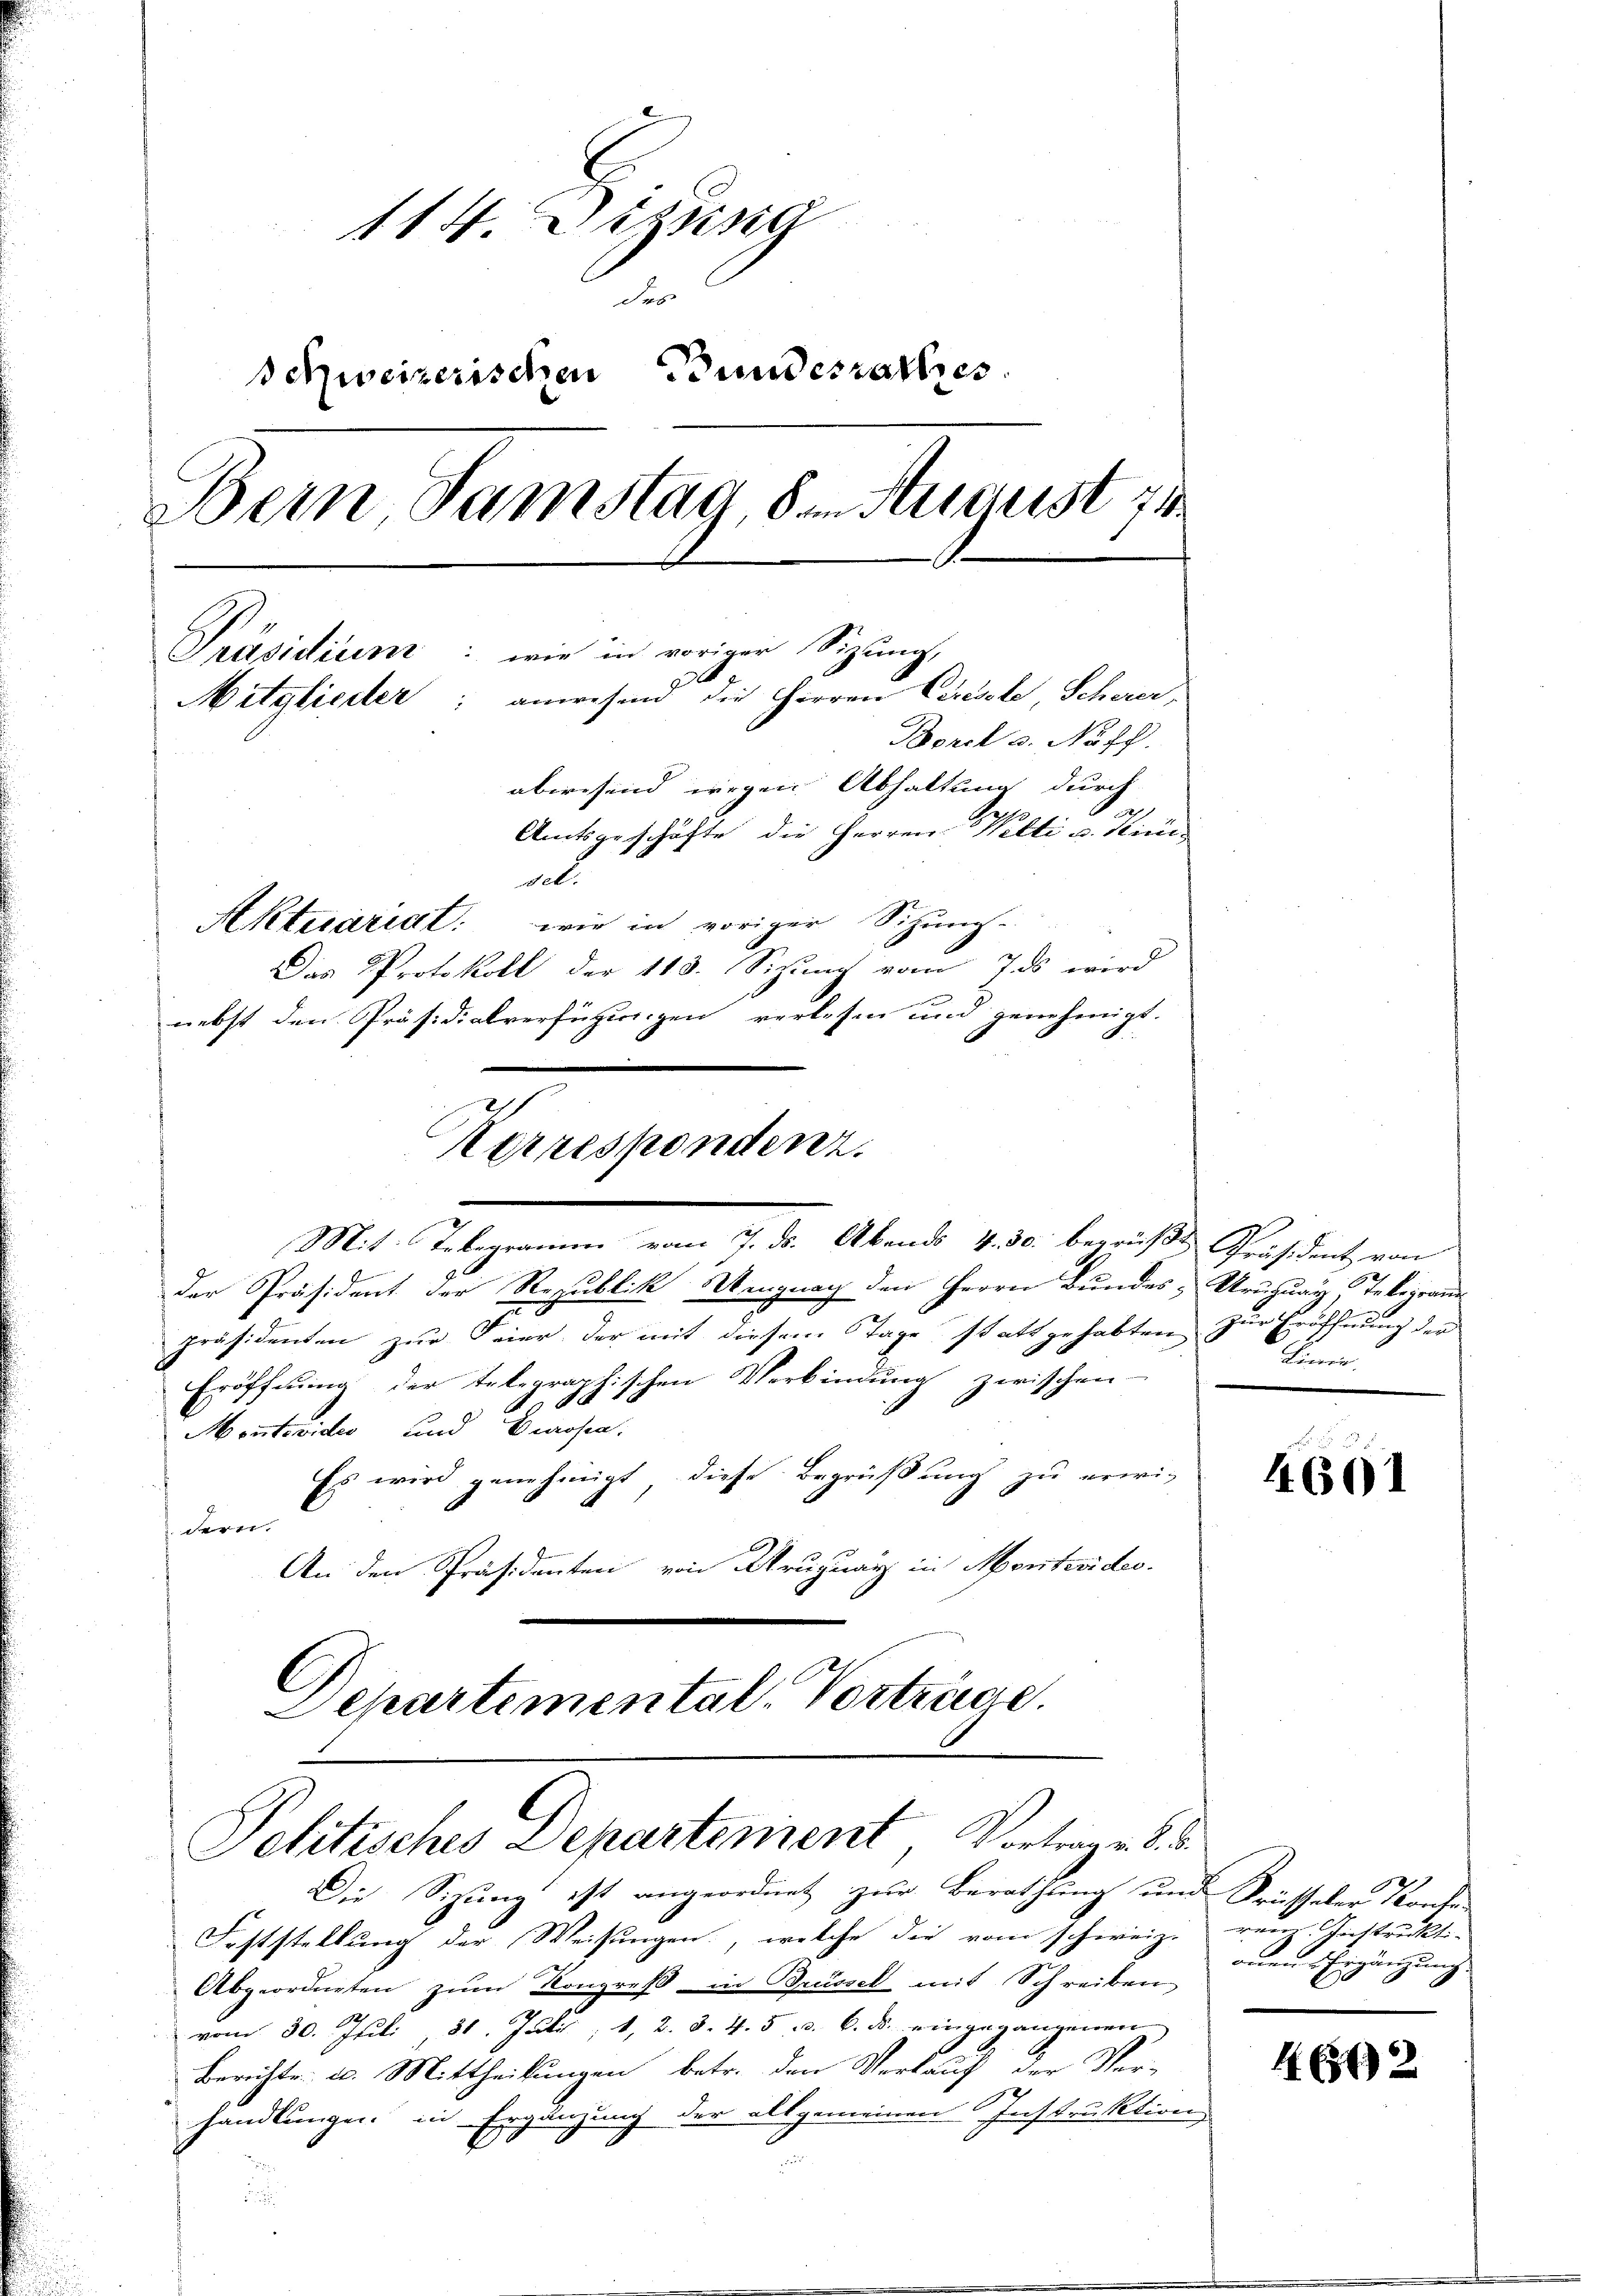
114. Diezing
des
Schweizerischen Bundesrathes
Bein Samstag den August 74
iger Sizung,
Präsidium: wie in vor
d
Mitglieder: anwesend die Herren Ceresste, Scherer,
Borel s. Napf.
abwesend wegen Abhaltung durch

Amtsgeschäfte die Herren Welti u. Kin
al
Aktuariat: wie in voriger Sitzung
Das Protokoll der 113. Sizung vom 7 ds wird
nebst den Präsidialverfügungen verlesen und genehmigt.

der Präsident der Republik Uengnach den Herrn Bundes, Uruguay, Telegraue
präsidenten zur Feier, der mit diesem Tage stattgehabten zur Eröffnung der
Eröffnung der telegraphischen Verbindung zwischen-
Montevider und Brosen.
Es wird genehmigt, diese Begrüßung zu erwi-
J. deren.
An den Präsidenten von Uruguay in Montevides.
l
Departemental. Vortrüge.

Kerrespondenz.
Mit Telegramm vom 7. ds. Abends v. 30. begrüßt Präsident von

Petitisches Departement Vortrage d. 5.
Die Sizung ist angeordnet zur Berathung und Prüsseler Konse

Foststellung der Weisungen, welche die vom schweiz. renz. Instrukti-
Abgeordneten zum Kongreß in Brüssel mit Schreiben
vom 30. Juli 31. Juli, 1, 2. d. 4. 5 u. 6. ds. eingegangenen
Berichte u. Mittheilungen betr. den Verlauf der Ver-
2
handlungen in Ergänzung der allgemeinen Instruktion
.

Linie,

44. 601

onen Ergänzung

462